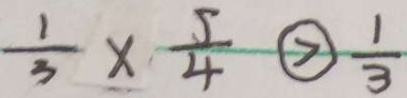
\frac { 1 } { 3 } \times \frac { 5 } { 4 } > \frac { 1 } { 3 }